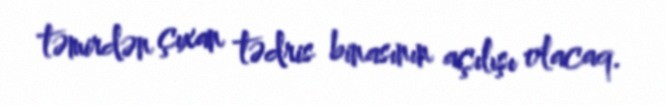
təmirdən çıxan tədris binasının açılışı olacaq.